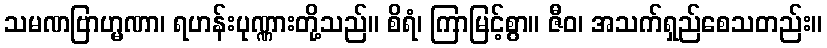
သမဏဗြာဟ္မဏာ၊ ရဟန်းပုဏ္ဏားတို့သည်။ စိရံ၊ ကြာမြင့်စွာ။ ဇီဝ၊ အသက်ရှည်စေသတည်း။